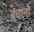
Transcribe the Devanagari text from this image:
बंधानो